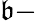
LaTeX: \mathfrak{b}-